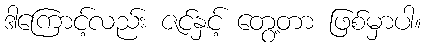
ဒါကြောင့်လည်း ဇင်နှင့် တွေ့တာ ဖြစ်မှာပါ။